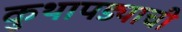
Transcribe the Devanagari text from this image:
कुथापड्याची